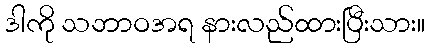
ဒါကို သဘာဝအရ နားလည်ထားပြီးသား။